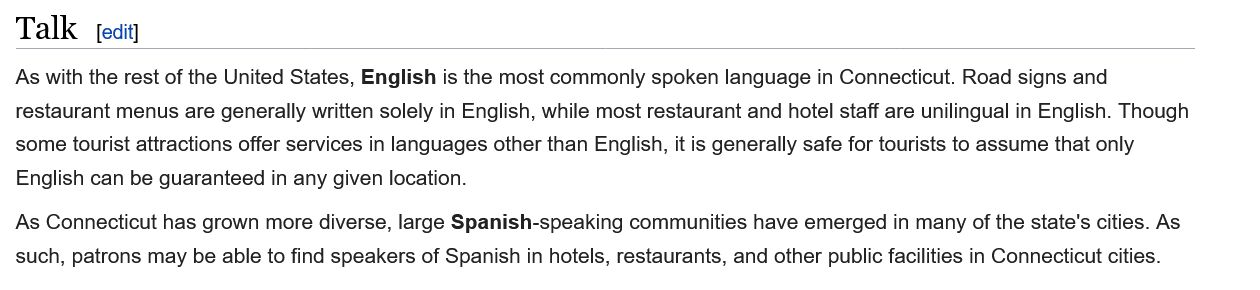
As with the rest of the United States, English is the most commonly spoken language in Connecticut. Road signs and
  restaurant menus are generally written solely in English, while most restaurant and hotel staff are unilingual in English. Though
  some tourist attractions offer services in languages other than English, it is generally safe for tourists to assume that only
  English can be guaranteed in any given location.
  As Connecticut has grown more diverse, large Spanish-speaking communities have emerged in many of the state's cities. As
  such, patrons may be able to find speakers of Spanish in hotels, restaurants, and other public facilities in Connecticut cities.
     [edit]